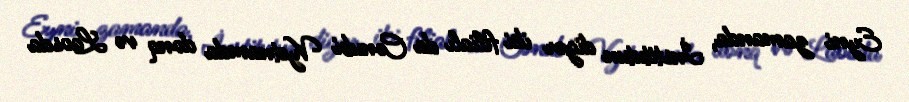
Eyni zamanda, İnstitutun digər iki filialı da Cənubi Vyetnamda donq və Laosda